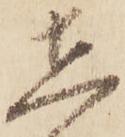
在